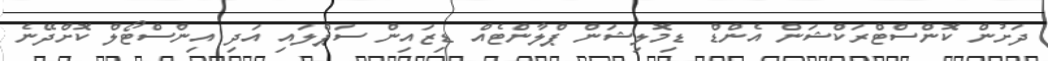
ދަށުން ކޮންސްޓްރަކްޝަން އެންޑް ޑިމޮލިޝަން ޕްލާންޓެއް ޑިޒައިން ސަޕްލައި އަދި އިންސްޓޯލް ކޮށްދޭނެ